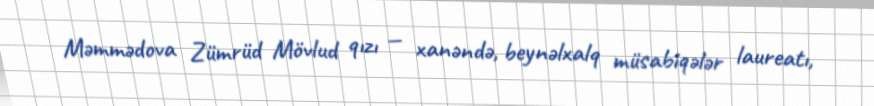
Məmmədova Zümrüd Mövlud qızı — xanəndə, beynəlxalq müsabiqələr laureatı,